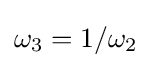
\omega _{3}=1/\omega _{2}